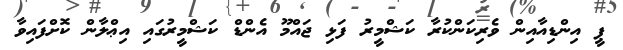
ޕީ އިންޑިއާއިން ވެރިކަންކުރާ ކަޝްމީރު ފަޅި ޖައްމޫ އެންޑް ކަޝްމީރުގައި އިޢްލާން ކޮށްފައިވާ